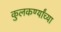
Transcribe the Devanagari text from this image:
कुलकर्ण्यांच्या